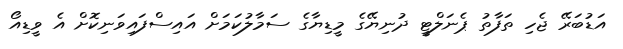
އަޑުބަރޭ ޖެހި ތަފާތު ޕެނަލްޓީ ދުނިޔޭގެ މީޑިޔާގެ ސަމާލުކަމަށް އައިސްފައިވަނިކޮށް އެ ވީޑިއޯ